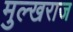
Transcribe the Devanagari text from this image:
मुल्खराज